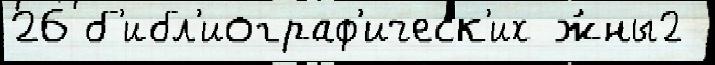
26 б'ибл'иограф'ическ'их ж́ны2